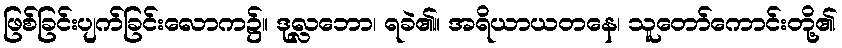
ဖြစ်ခြင်းပျက်ခြင်းလောက၌။ ဒုလ္လဘော၊ ရခဲ၏။ အရိယာယတနေ၊ သူတော်ကောင်းတို့၏